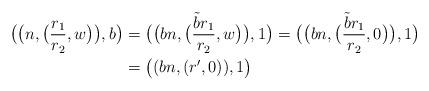
LaTeX: \begin{align*}\big(\big(n,\big(\frac{r_1}{r_2},w\big)\big),b\big) &= \big(\big(bn,\big(\frac{\tilde{b}r_1}{r_2},w\big)\big),1\big) = \big(\big(bn,\big(\frac{\tilde{b}r_1}{r_2},0\big)\big),1\big) \\&= \big((bn,(r',0)),1\big)\end{align*}